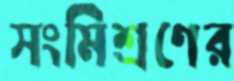
সংমিশ্রণের